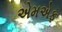
એમએફ